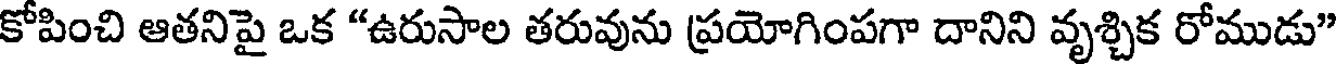
కోపించి ఆతనిపై ఒక "ఉరుసాల తరువును ప్రయోగింపగా దానిని వృశ్చిక రోముడు"